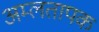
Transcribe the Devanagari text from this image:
अम्लतापक